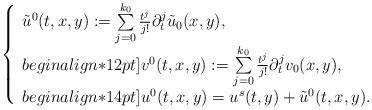
LaTeX: \begin{align*}\left\{\begin{array}{ll}\tilde{u}^0(t,x,y) := \sum\limits_{j=0}^{k_0}\frac{t^j}{j!} \partial_t^j \tilde{u}_0(x,y), \\begin{align*}12pt]v^0(t,x,y) := \sum\limits_{j=0}^{k_0}\frac{t^j}{j!} \partial_t^j v_0(x,y), \\begin{align*}14pt]u^0(t,x,y) = u^s(t,y) + \tilde{u}^0(t,x,y).\end{array}\right.\end{align*}